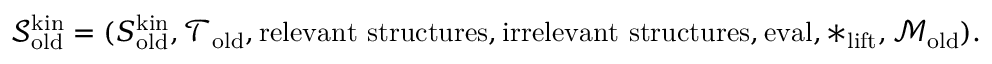
\begin{array} { r } { \mathcal { S } _ { \mathrm { o l d } } ^ { \mathrm { k i n } } = ( S _ { \mathrm { o l d } } ^ { \mathrm { k i n } } , \mathcal { T } _ { \mathrm { o l d } } , \mathrm { r e l e v a n t ~ s t r u c t u r e s } , \mathrm { i r r e l e v a n t ~ s t r u c t u r e s } , \mathrm { e v a l } , * _ { \mathrm { l i f t } } , \mathcal { M } _ { \mathrm { o l d } } ) . } \end{array}